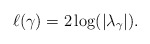
\begin{align*}\ell(\gamma)=2\log(|\lambda_{\gamma}|) . \end{align*}